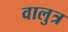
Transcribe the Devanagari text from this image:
वालुत्र